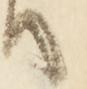
て